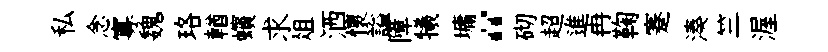
私念寡魏珞輶蠙求俎洒懷謚障犧墉“砌超進冉鞠蹇湊竺渥